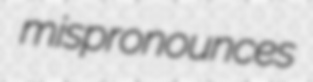
mispronounces